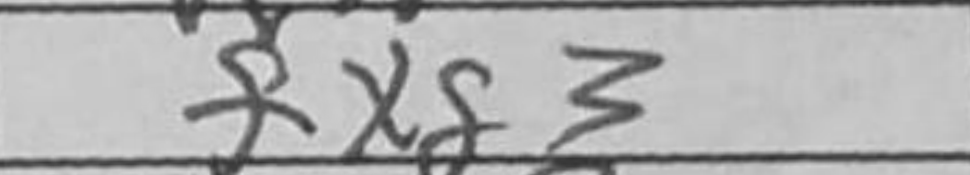
Transcription: fxg3